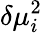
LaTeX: \delta\mu_{i}^{2}